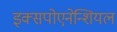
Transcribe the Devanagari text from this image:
इक्सपोएनेन्शियल